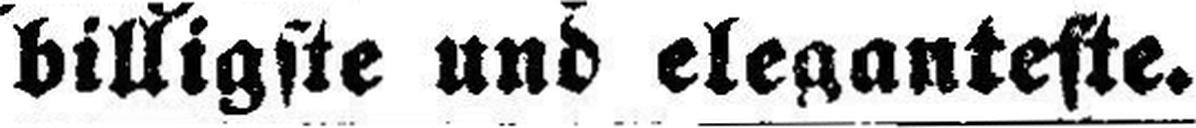
billigste und eleganteste.